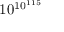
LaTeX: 1 0 ^ { 1 0 ^ { 1 1 5 } }